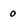
Character: 0